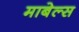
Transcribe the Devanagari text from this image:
माबेल्स